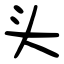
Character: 头